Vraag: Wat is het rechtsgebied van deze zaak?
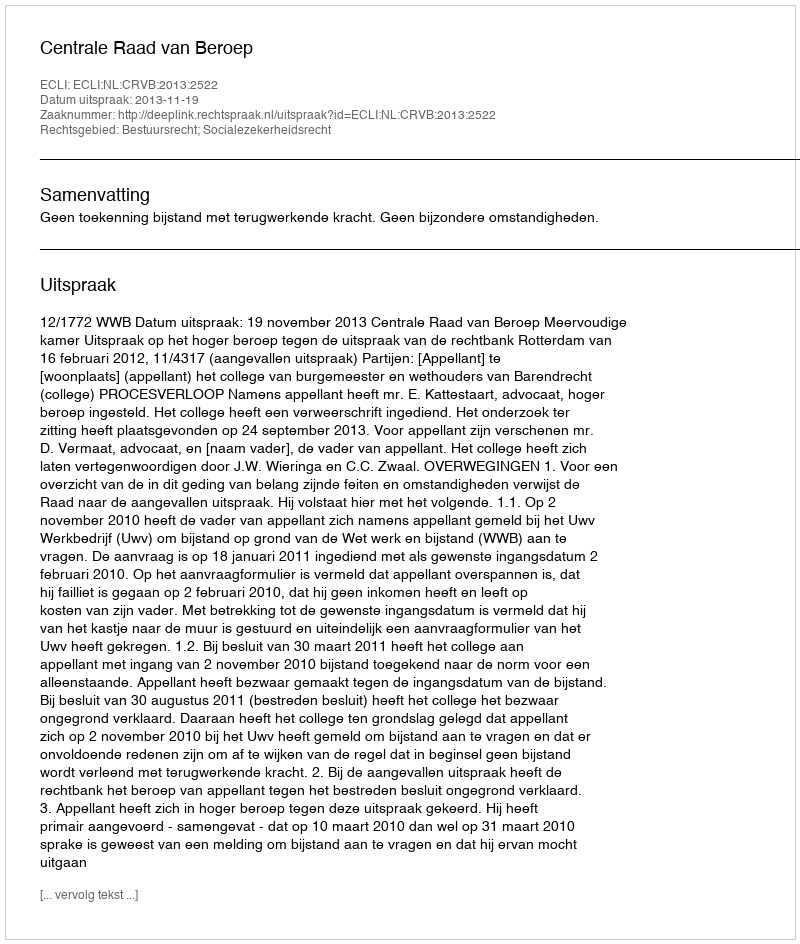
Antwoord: Bestuursrecht; Socialezekerheidsrecht